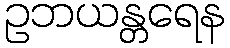
ဥဘယန္တရေန